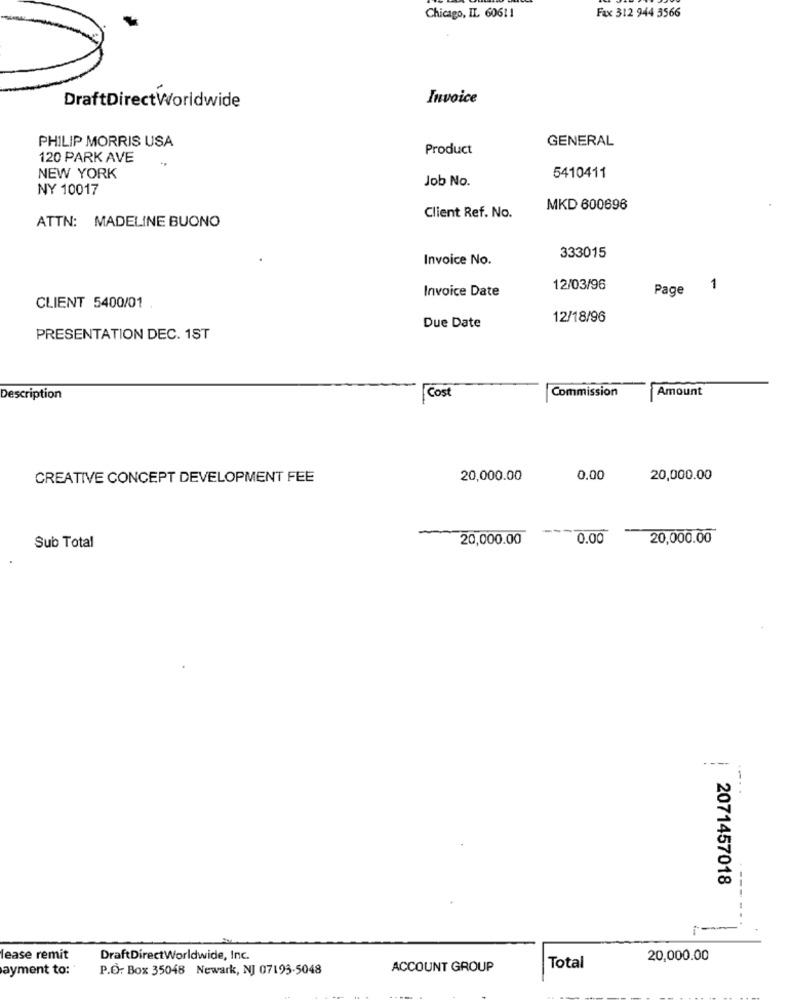
Chicago, IL 60611
Fax 312 944 3566
Invoice
DraftDirectWorldwide
PHILIP MORRIS USA
GENERAL
Product
120 PARK AVE
NEW YORK
Job No.
5410411
NY 10017
MKD 600696
ATTN: MADELINE BUONO
Client Ref. No.
Invoice No.
333015
12/03/96
Page 1
Invoice Date
CLIENT 5400/01
12/18/96
Due Date
PRESENTATION DEC. 1ST
Amount
Description
Cost
Commission
CREATIVE CONCEPT DEVELOPMENT FEE
20,000.00
0.00
20,000.00
20,000.00
0.00
20,000.00
Sub Total
--
2071457018
lease remit
DraftDirectWorldwide, Inc.
20,000.00
ayment to:
P.O. Box 35048 Newark, NJ 07193-5048
ACCOUNT GROUP
Total